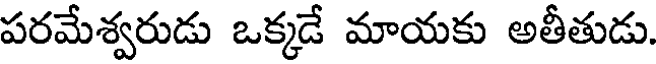
పరమేశ్వరుడు ఒక్కడే మాయకు అతీతుడు.